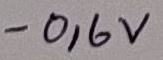
Text: -0,6V